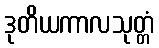
ဒုတိယကာလသုတ္တံ